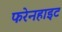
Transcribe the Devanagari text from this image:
फरेनहाइट